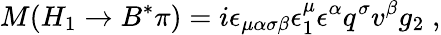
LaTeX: M(H_{1}\to B^{*}\pi)=i\epsilon_{\mu\alpha\sigma\beta}\epsilon_{1}^{\mu}\epsilon^{\alpha}q^{\sigma}v^{\beta}g_{2}\; ,